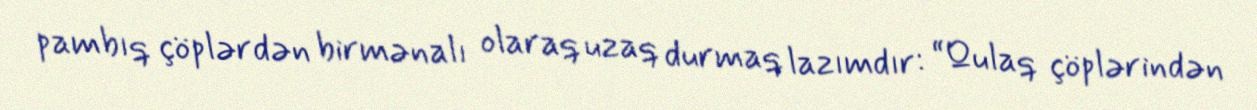
pambıq çöplərdən birmənalı olaraq uzaq durmaq lazımdır: “Qulaq çöplərindən